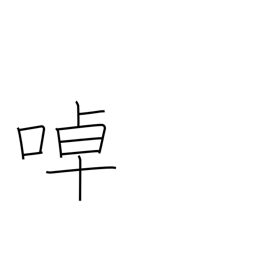
Meaning: twittering